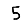
Digit: 5